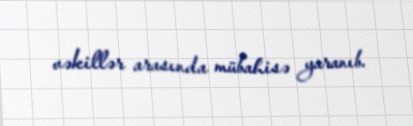
vəkillər arasında mübahisə yaranıb.